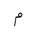
Letter: _mim